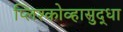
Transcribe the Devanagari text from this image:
प्लिश्कोव्हासुद्धा